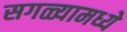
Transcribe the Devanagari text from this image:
सगळ्यामध्ये